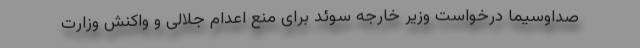
صداوسیما درخواست وزیر خارجه سوئد برای منع اعدام جلالی و واکنش وزارت